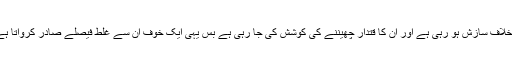
حکمرانوں کے اذہان میں ایک بات کا سدا خوف سوار رہتا ہے کہ ان کے خلاف سازش ہو رہی ہے اور ان کا قتدار چھیننے کی کوشش کی جا رہی ہے بس یہی ایک خوف ان سے غلط فیصلے صادر کرواتا ہے جس سے قوم ترقی کی بجائے تنزلی کی جانب سفر شروع کر دیتی ہے۔